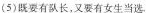
(5)既要有长，又要有女生当选.